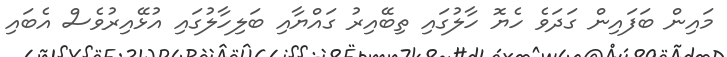
މައިން ބަފައިން ގަދަވެ ހެޔޮ ހާލުގައި ތިބޭއިރު ގައްޔާއި ބަލިހާލުގައި އުޅޭއިރުވެސް އެބައި